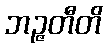
ဘဉ္ဇတီတိ